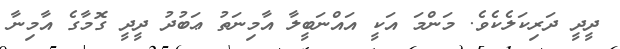
ދީދީ ދަރިކަލެކެވެ. މަންމަ އަކީ އައްނަބީލާ އާމިނަތު ޢަބުދު ދީދީ ގޮމާގެ އާމިނާ